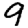
Digit: 9